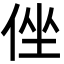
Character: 侳